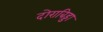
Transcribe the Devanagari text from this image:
दोराबिड्डा